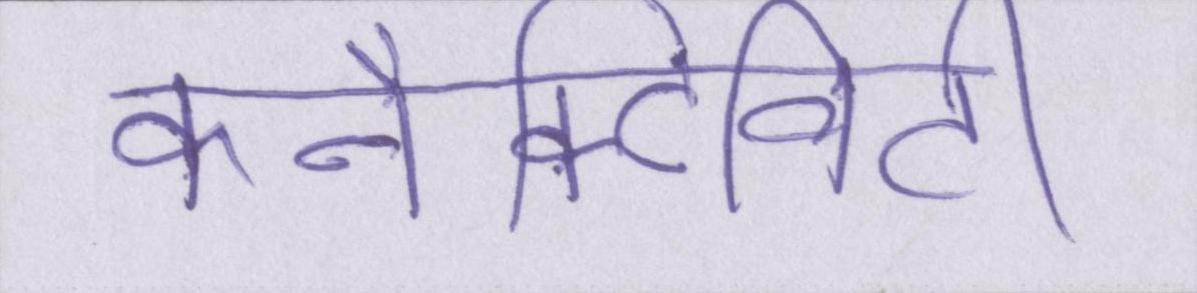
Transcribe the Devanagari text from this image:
कनैक्टिविटी